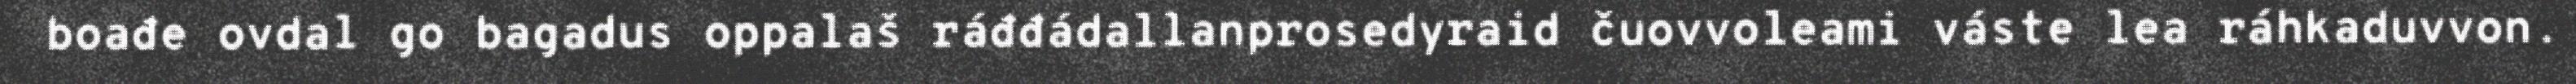
boađe ovdal go bagadus oppalaš ráđđádallanprosedyraid čuovvoleami váste lea ráhkaduvvon.